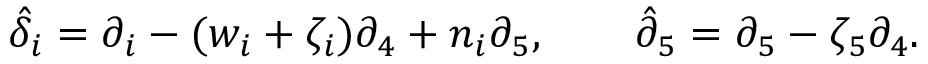
\hat { { \delta } } _ { i } = \partial _ { i } - ( w _ { i } + \zeta _ { i } ) \partial _ { 4 } + n _ { i } \partial _ { 5 } , \qquad \hat { { \partial } } _ { 5 } = \partial _ { 5 } - \zeta _ { 5 } \partial _ { 4 } .